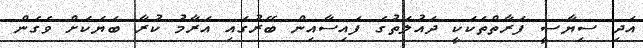
އަދި ސިޔާސީ ފަރާތްތަކަކީ ދައުލަތުގެ ފައިސާއިން ބޭރުގައި އަރާމު ކުރާ ބަޔަކަށް ވެގެން